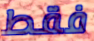
فقط